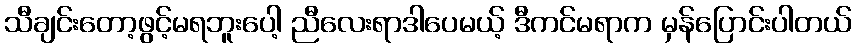
သီချင်းတော့ဖွင့်မရဘူးပေါ့ ညီလေးရာဒါပေမယ့် ဒီကင်မရာက မှန်ပြောင်းပါတယ်